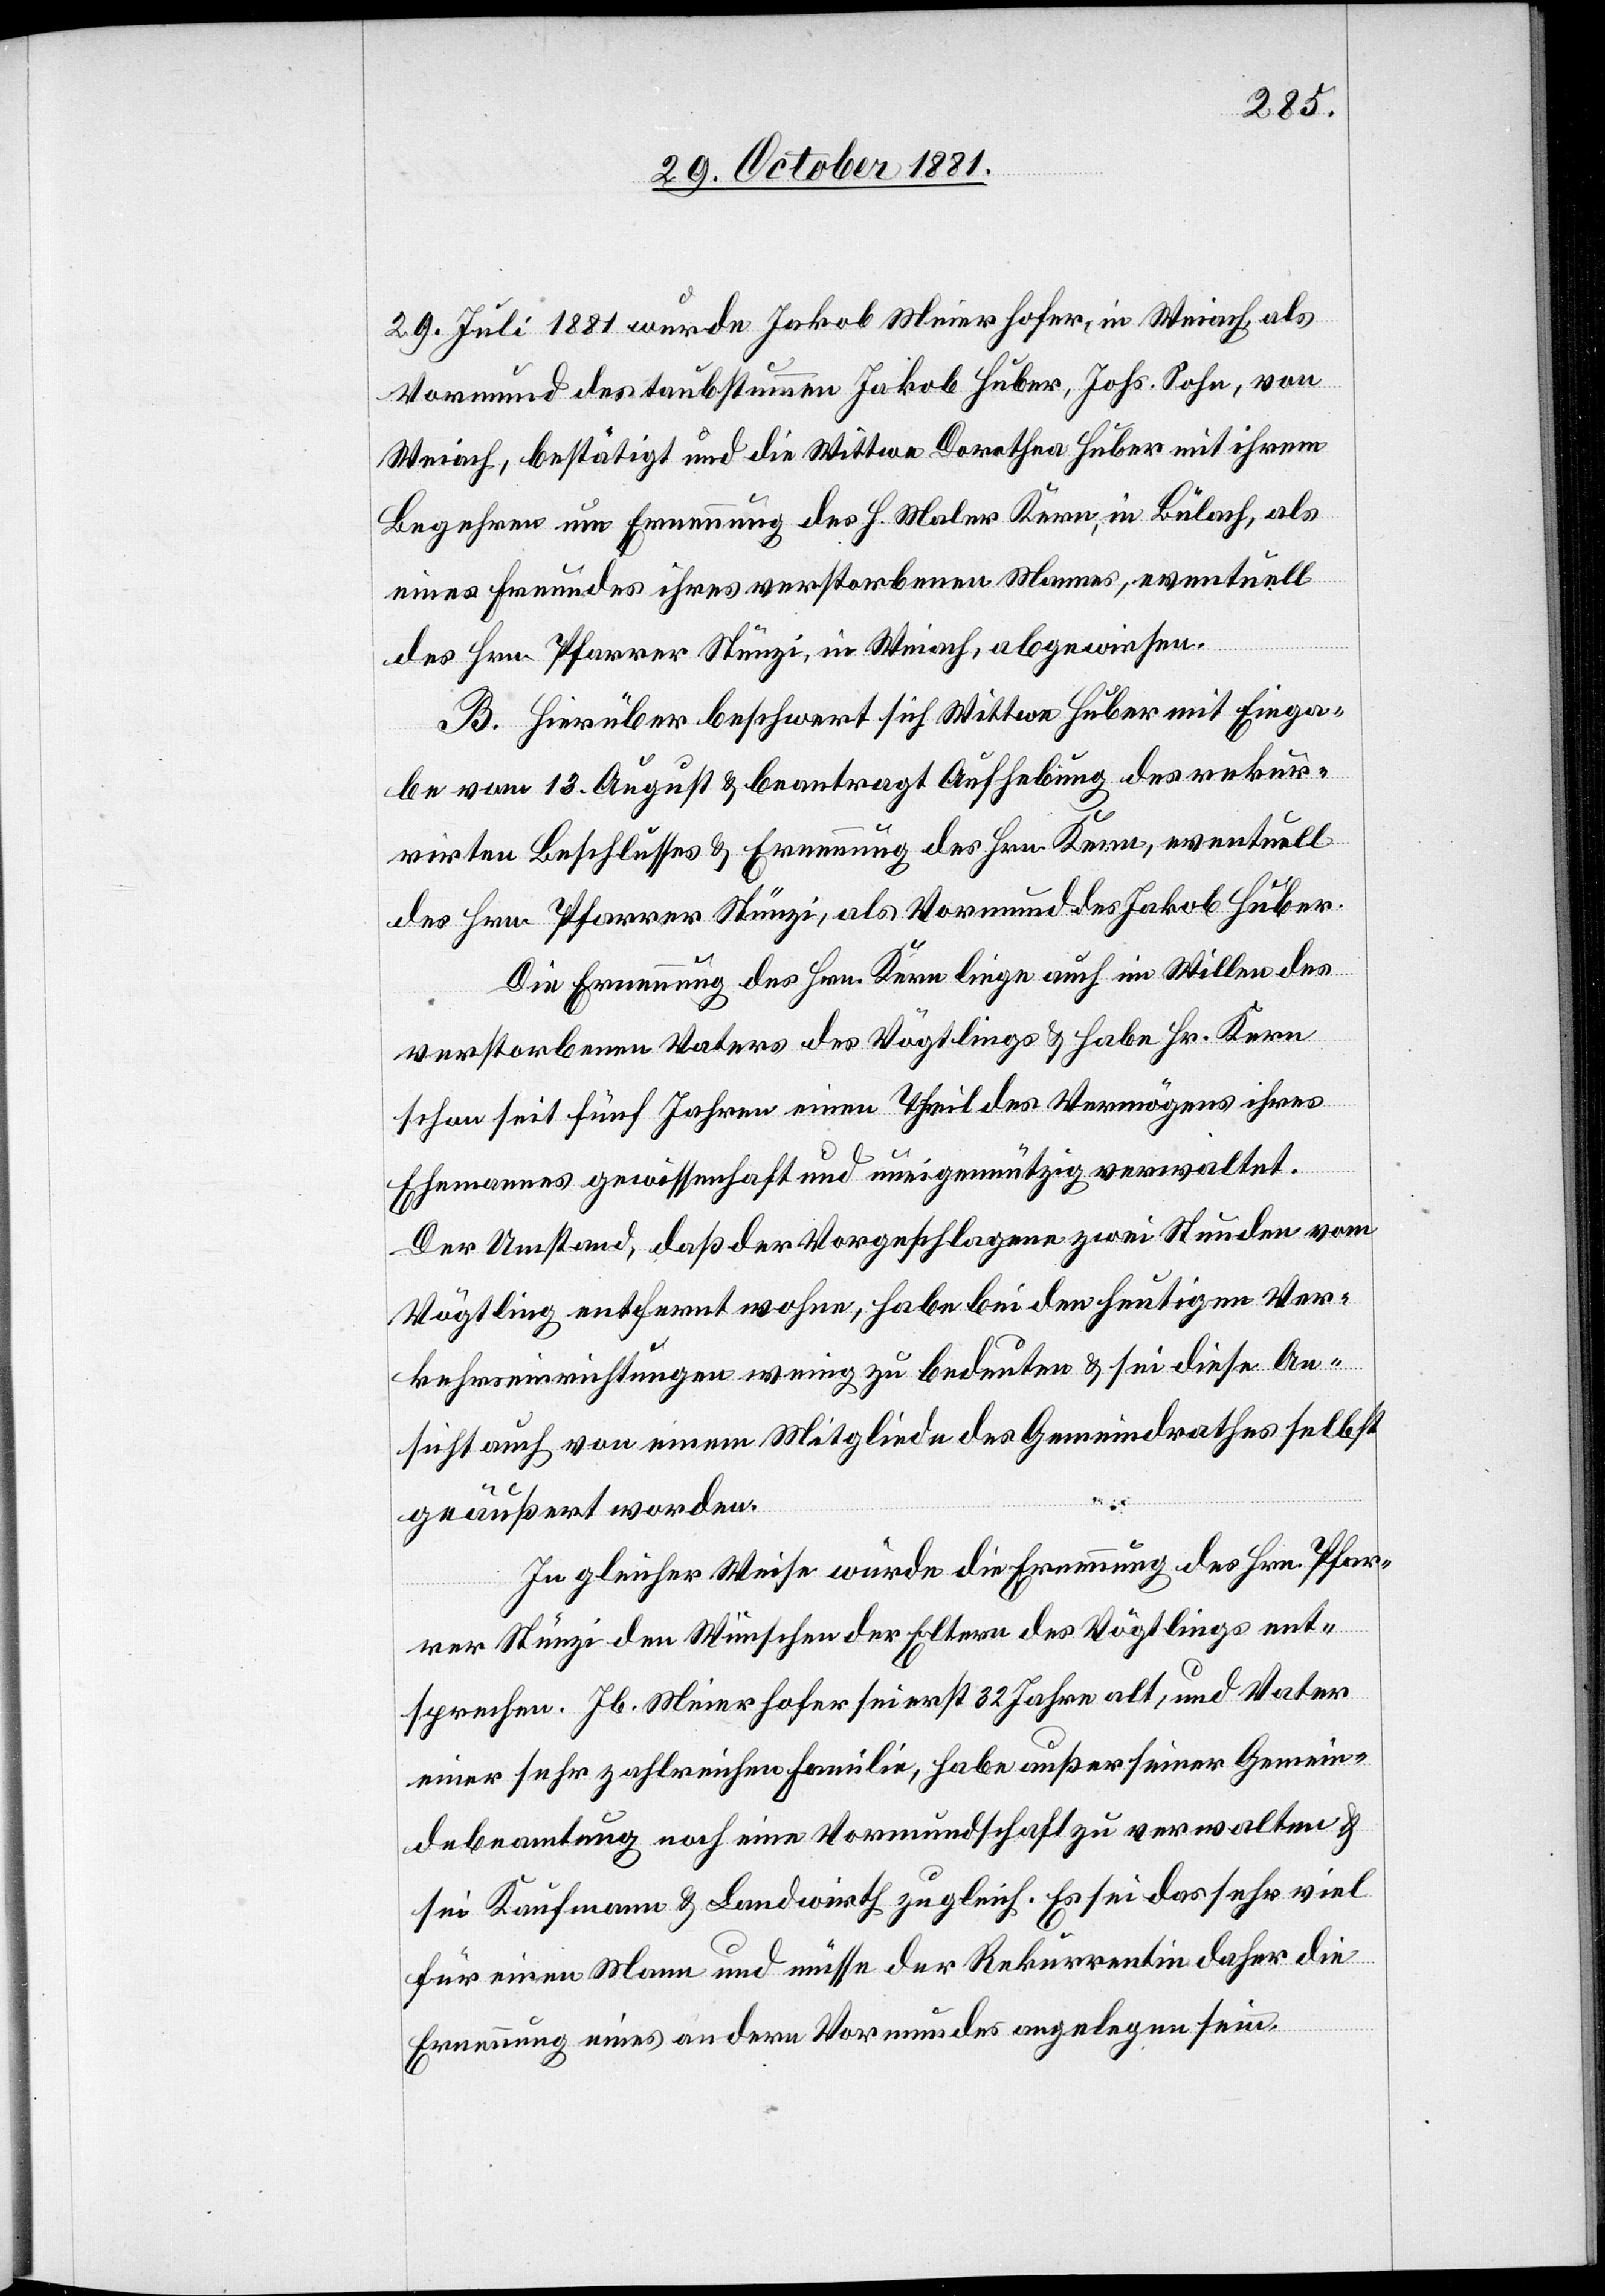
29. Juli 1881 wurde Jakob Meierhofer, in Weiach, als
Vormund des taubstummen Jakob Huber, Johs. Sohn, von
Weiach, bestätigt und die Wittwe Dorothea Huber mit ihrem
Begehren um Ernennung des H. Maler Kern, in Bülach, als
eines Freundes ihres verstorbenen Mannes, eventuell
des Hrn. Pfarrer Stünzi, in Weiach, abgewiesen.
B. Hierüber beschwert sich Wittwe Huber mit Einga¬
be vom 13. August & beantragt Aufhebung des rekur¬
rirten Beschlusses & Ernennung des Hrn. Kern, eventuell
des Hrn. Pfarrer Stünzi, als Vormund des Jakob Huber.
Die Ernennung des Hrn. Kern liege auch im Willen des
verstorbenen Vaters des Vögtlings & habe Hr. Kern
schon seit fünf Jahren einen Theil des Vermögens ihres
Ehemannes gewissenhaft und uneigennützig verwaltet.
Der Umstand, daß der Vorgeschlagene zwei Stunden vom
Vögtling entfernt wohne, habe bei den heutigen Ver¬
kehrseinrichtungen wenig zu bedeuten & sei diese An¬
sicht auch von einem Mitgliede des Gemeindrathes selbst
geäußert worden.
In gleicher Weise würde die Ernennung des Hrn. Pfar¬
rer Stünzi den Wünschen der Eltern des Vögtlings ent¬
sprechen. Jb. Meierhofer sei erst 32 Jahre alt, und Vater
einer sehr zahlreichen Familie, habe außer seiner Gemein¬
debeamtung noch eine Vormundschaft zu verwalten &
sei Kaufmann & Landwirth zugleich. Es sei das sehr viel
für einen Mann und müsse der Rekurrentin daher die
Ernennung eines anderen Vormundes angelegen sein.